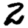
Digit: 2